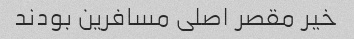
خیر مقصر اصلی مسافرین بودند